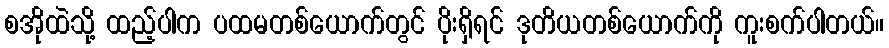
စအိုထဲသို့ ထည့်ပါက ပထမတစ်ယောက်တွင် ပိုးရှိရင် ဒုတိယတစ်ယောက်ကို ကူးစက်ပါတယ်။